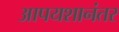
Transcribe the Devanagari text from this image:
आपयशानंतर